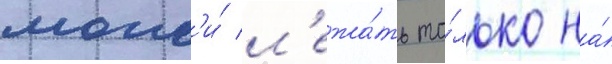
могл'и́ л'ежа́ть то́лько на́